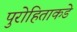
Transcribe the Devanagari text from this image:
पुरोहिताकडे